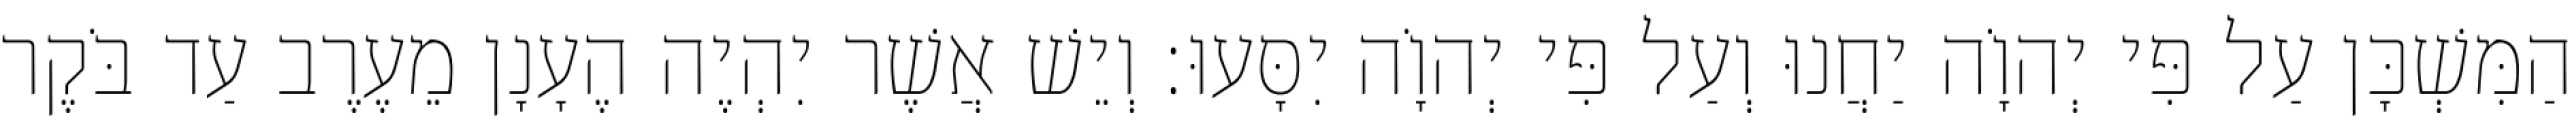
הַמִּשְׁכָּן עַל פִּי יְהוָֹה יַחֲנוּ וְעַל פִּי יְהוָֹה יִסָּעוּ׃ וְיֵשׁ אֲשֶׁר יִהְיֶה הֶעָנָן מֵעֶרֶב עַד בֹּקֶר